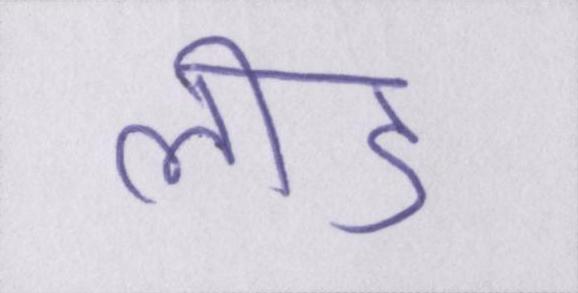
लीड